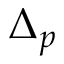
\Delta _ { p }